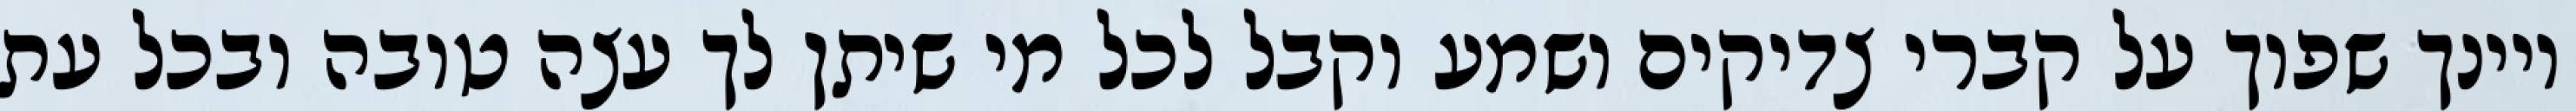
ויינך שפוך על קברי צדיקים ושמע וקבל לכל מי שיתן לך עצה טובה ובכל עת